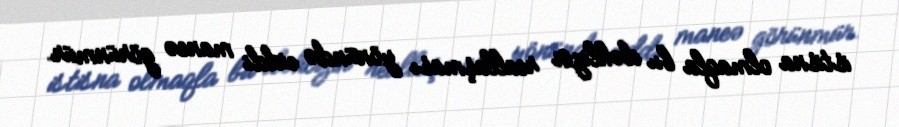
istisna olmaqla bu dəhlizin reallaşması yönündə ciddi maneə görünmür.